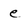
Character: e